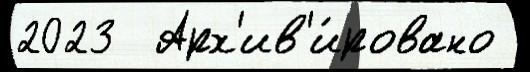
2023  Арх'ив'и́ровано